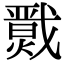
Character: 𢨙